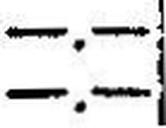
—.—